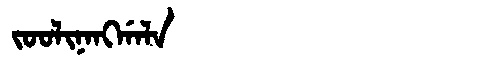
Manchu: ᠵᠣᠣᠯᡳᠨᠠᠩᡤᠠᠯᠠ
Romanization: JOOLINANGGALA